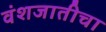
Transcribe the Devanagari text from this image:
वंशजातीचा